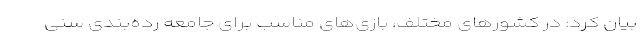
بیان کرد: در کشورهای مختلف، بازی‌های مناسب برای جامعه رده‌بندی سنی